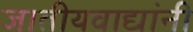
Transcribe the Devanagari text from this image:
जातीयवाद्यांनी